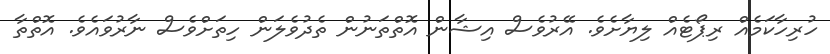
ހުރިހާކަމެއް ރިޕޯޓެއް ލިޔާށެވެ. އޭރުވެސް އިޝާން އޮތްތަނުން ތެދުވެލަން ހިތަށްވެސް ނާރުވައެވެ. އޮތްތާ